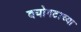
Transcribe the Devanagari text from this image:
वयोगटाच्या